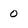
Character: 0